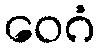
ဝေဂံ